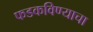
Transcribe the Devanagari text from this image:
फडकविण्याचा